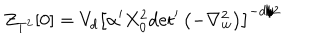
Z _ { T ^ { 2 } } [ 0 ] = V _ { d } \left[ \alpha ^ { \prime } X _ { 0 } ^ { 2 } { \det } ^ { \prime } \left( - \nabla _ { w } ^ { 2 } \right) \right] ^ { - d / 2 }